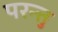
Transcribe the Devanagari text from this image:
परन्त्तु